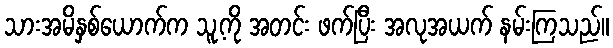
သားအမိနှစ်ယောက်က သူ့ကို အတင်း ဖက်ပြီး အလုအယက် နမ်းကြသည်။